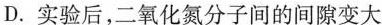
D.实验后，二氧化氮分子间的间隙变大